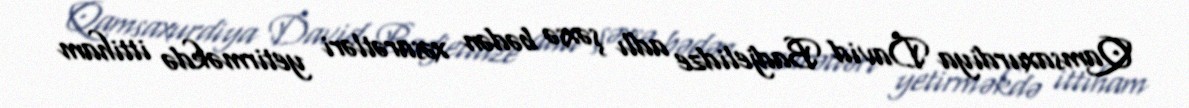
Qamsaxurdiya David Badjelidze adlı şəxsə bədən xəsarətləri yetirməkdə ittiham